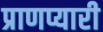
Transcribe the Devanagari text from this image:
प्राणप्यारी